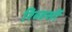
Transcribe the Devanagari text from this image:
रिव्हर्सी